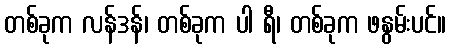
တစ်ခုက လန်ဒန်၊ တစ်ခုက ပါ ရီ၊ တစ်ခုက ဖနွမ်းပင်။